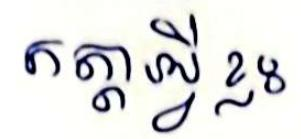
កត្តាអ្វីខ្លះ